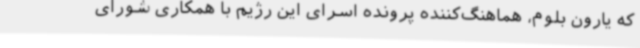
که یارون بلوم، هماهنگ‌کننده پرونده اسرای این رژیم با همکاری شورای